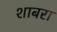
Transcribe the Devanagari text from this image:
शाबरा